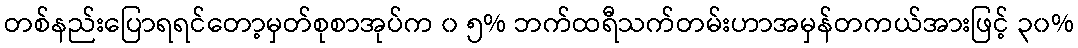
တစ်နည်းပြောရရင်တော့မှတ်စုစာအုပ်က ၀ ၅% ဘက်ထရီသက်တမ်းဟာအမှန်တကယ်အားဖြင့် ၃၀%